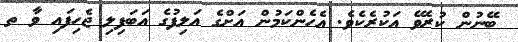
ބޭނުން ކުރެވޭ އަކުރެކެވެ. އެހެންކަމުން އަށްގެ އަލިފުގެ އަބަފިލި ޖެހިފައި ވާ ތ